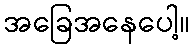
အခြေအနေပေါ့။